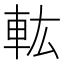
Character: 䡌